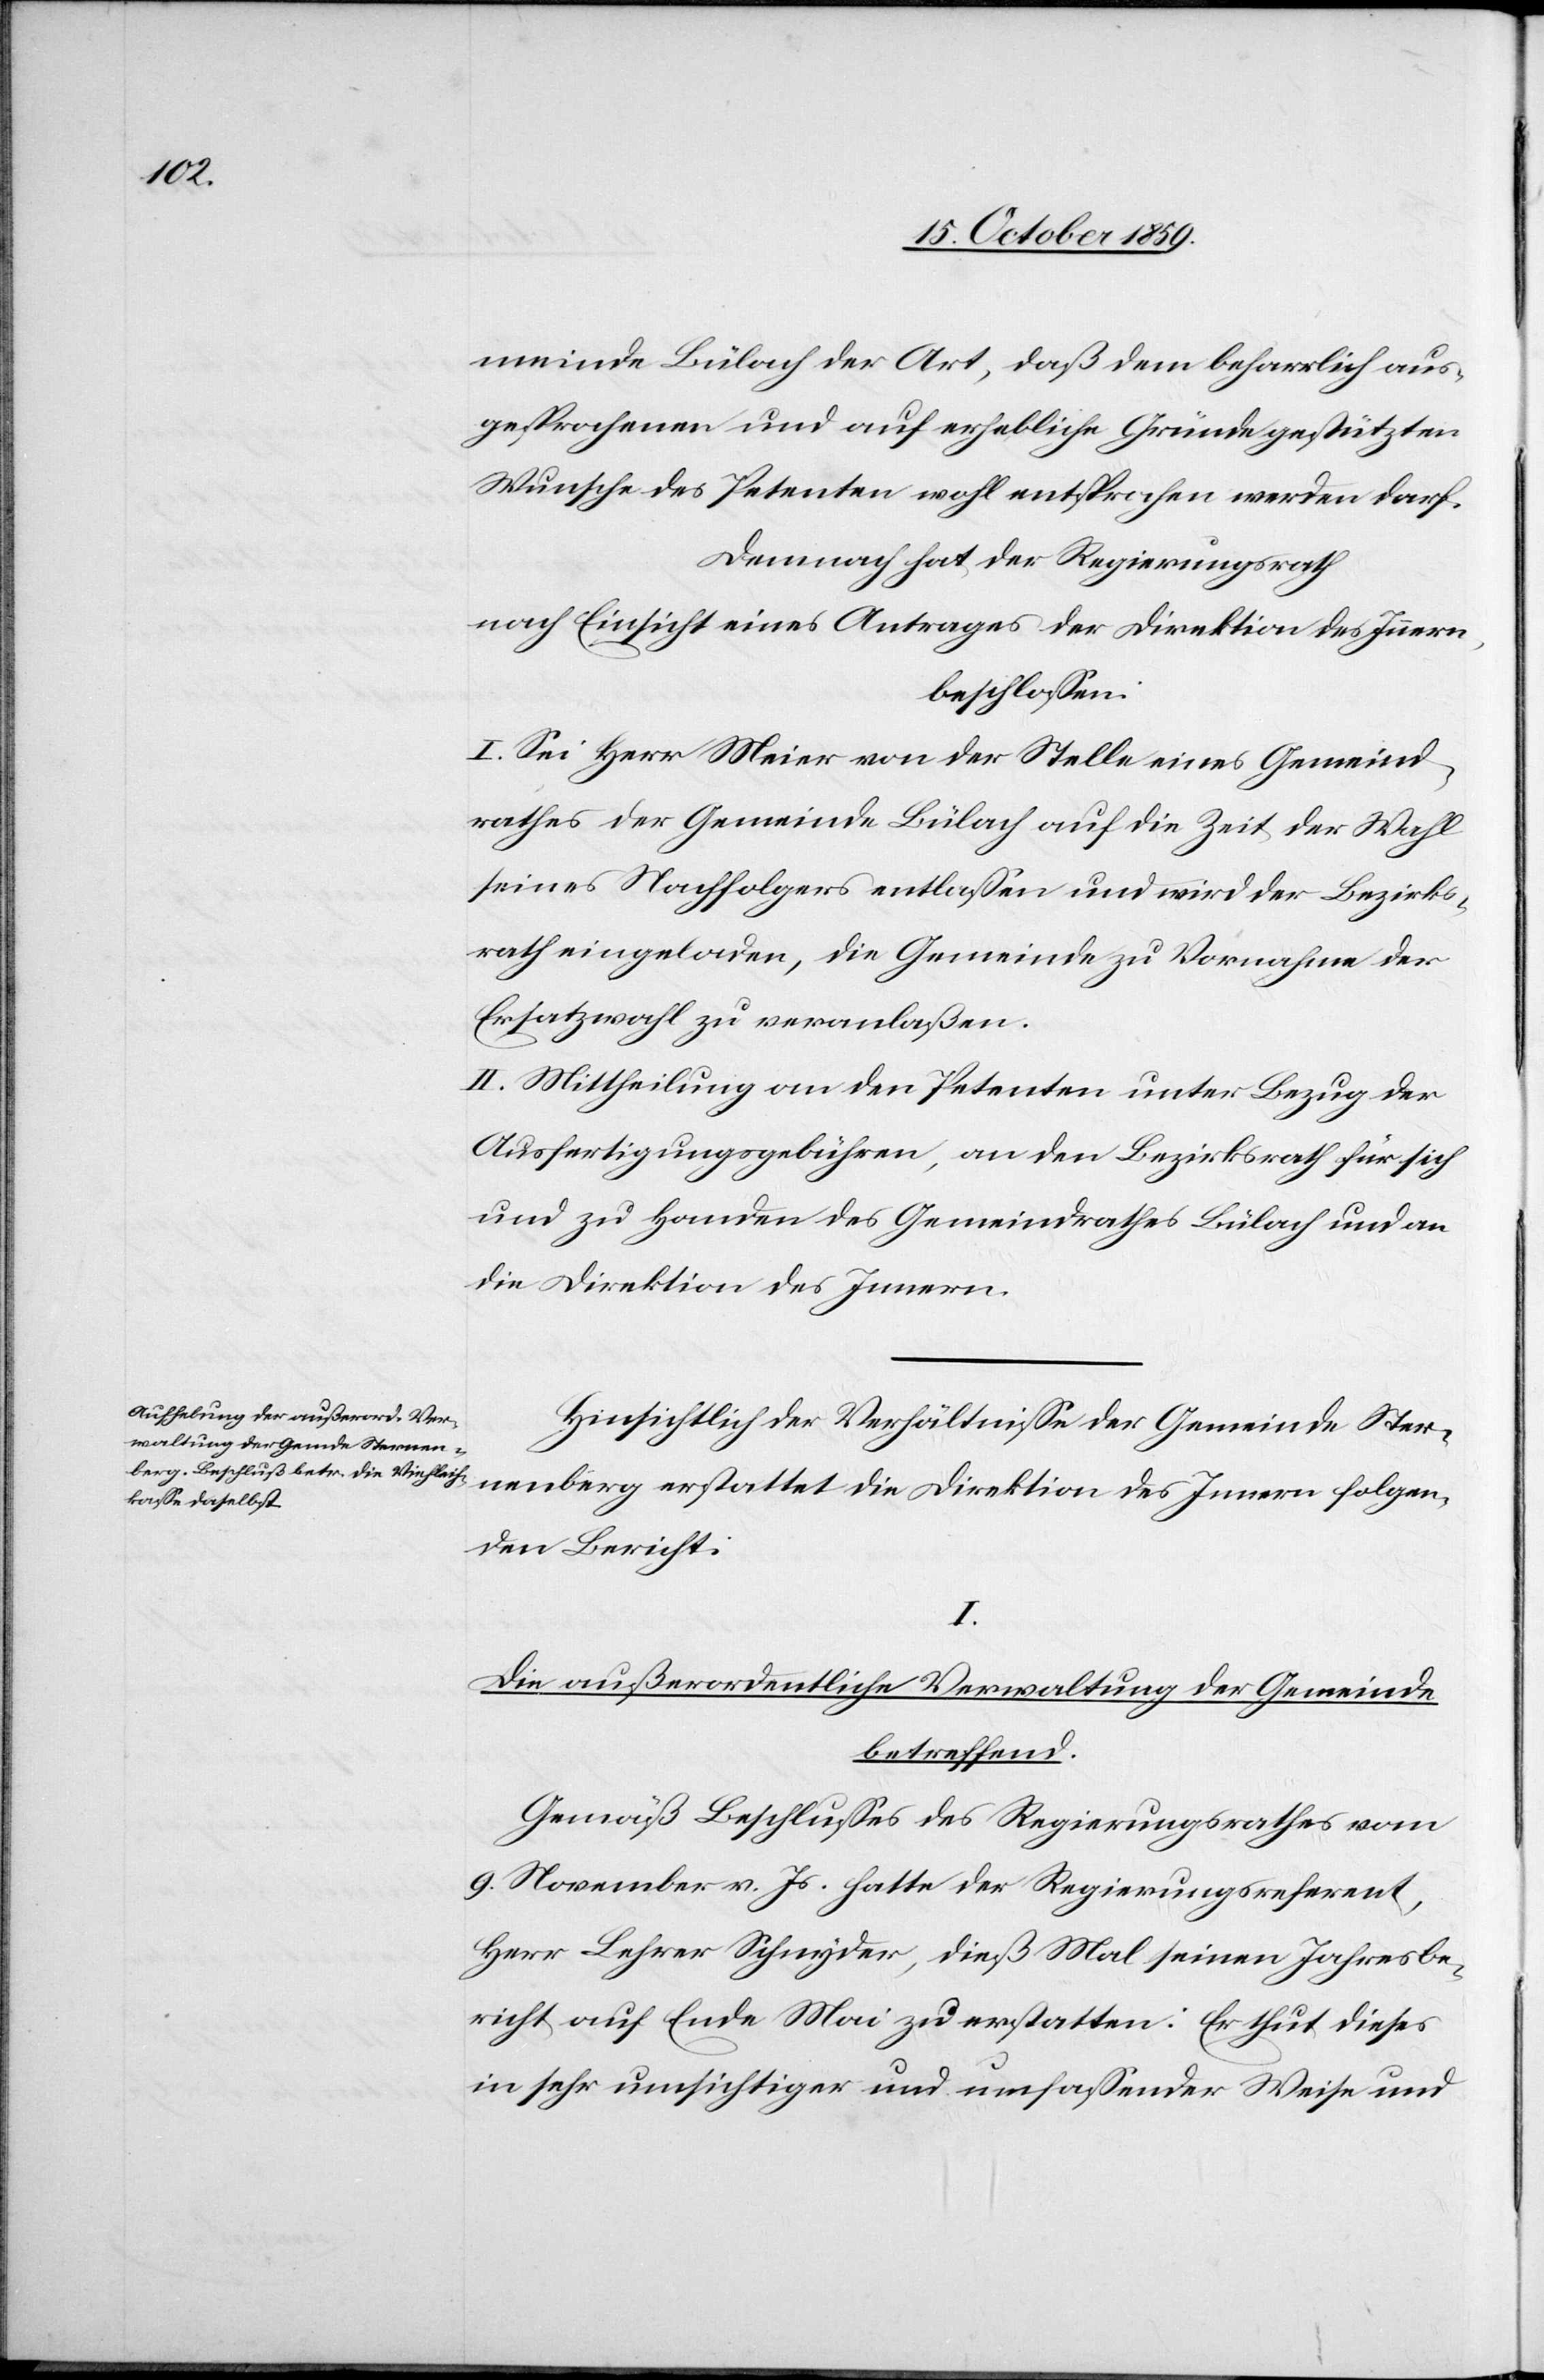
meinde Bülach der Art, daß dem beharrlich aus¬
gesprochenen und auf erhebliche Gründe gestützten
Wunsche des Petenten wohl entsprochen werden darf.
Demnach hat der Regierungsrath
nach Einsicht eines Antrages der Direktion des Innern,
beschlossen:
I. Sei Herr Meier von der Stelle eines Gemeind¬
rathes der Gemeinde Bülach auf die Zeit der Wahl
seines Nachfolgers entlassen und wird der Bezirks¬
rath eingeladen, die Gemeinde zu Vornahmen der
Ersatzwahl zu veranlaßen.
II Mittheilung an den Petenten unter Bezug der
Ausfertigungsgebühren, an den Bezirksrath für sich
und zu Handen des Gemeindrathes Bülach und an
die Direktion des Innern.
Hinsichtlich der Verhältnisse der Gemeinde Ster¬
nenberg erstattet die Direktion des Innern folgen¬
den Bericht:
I.
Die außerordentliche Verwaltung der Gemeinde
betreffend.
Gemäß Beschlusses des Regierungsrathes vom
9. November v. Js. hatte der Regierungsreferent
Herr Lehrer Schnyder, dieß Mal seinen Jahresbe¬
richt auf Ende Mai zu erstatten: Er thut dieses
in sehr umsichtiger und umfassender Weise und